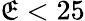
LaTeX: \mathfrak{E}<25